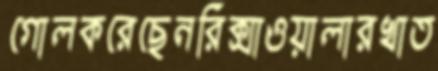
গোলকরেছেনরিক্সাওয়ালারখাত